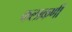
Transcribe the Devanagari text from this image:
कलाकर्णी